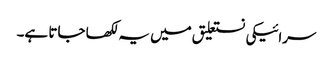
سرائیکی نستعلیق میں یہ لکھا جاتا ہے۔